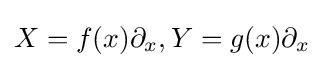
X=f(x)\partial _{x},Y=g(x)\partial _{x}